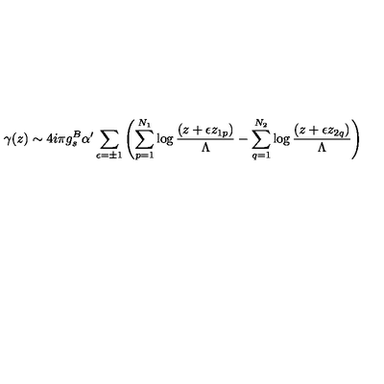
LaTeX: \gamma ( z ) \sim 4 i \pi g _ { s } ^ { B } \alpha ^ { \prime } \sum _ { \epsilon = \pm 1 } \left( \sum _ { p = 1 } ^ { N _ { 1 } } \log \frac { ( z + \epsilon z _ { 1 p } ) } { \Lambda } - \sum _ { q = 1 } ^ { N _ { 2 } } \log \frac { ( z + \epsilon z _ { 2 q } ) } { \Lambda } \right)